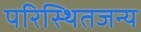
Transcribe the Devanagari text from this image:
परिस्थितजन्य